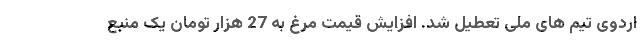
اردوی تیم های ملی تعطیل شد. افزایش قیمت مرغ به 27 هزار تومان یک منبع